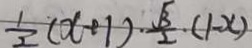
\frac { 1 } { 2 } ( x + 1 ) \cdot \frac { \sqrt { 3 } } { 2 } \cdot ( 1 - x )